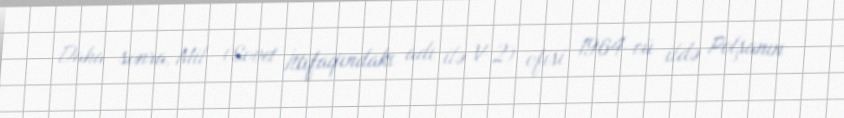
Daha sonra, Mil (Sovet İttifaqındakı adı ilə V-2) ofisi 1964-cü ildə Polşanın